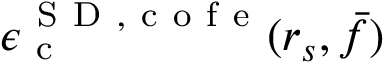
\epsilon _ { \mathrm { ~ c ~ } } ^ { { \mathrm { ~ S ~ D ~ } } , \mathrm { ~ c ~ o ~ f ~ e ~ } } ( r _ { s } , \bar { f } )